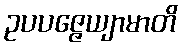
ဥပပဇ္ဇေယျာမာတိ